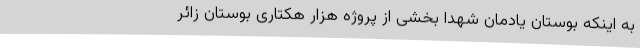
به اینکه بوستان یادمان شهدا بخشی از پروژه هزار هکتاری بوستان زائر